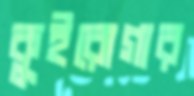
কুইরোগার